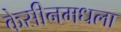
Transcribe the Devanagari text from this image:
केसीनमधला